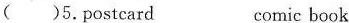
( )5. postcard comic book